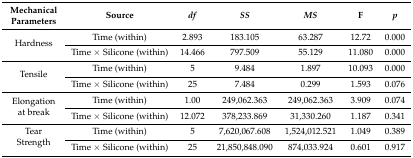
<table><thead><tr><td><b>Mechanical Parameters</b></td><td><b>Source</b></td><td><b><i>df</i></b></td><td><b><i>SS</i></b></td><td><b><i>MS</i></b></td><td><b>F</b></td><td><b><i>p</i></b></td></tr></thead><tbody><tr><td rowspan="2">Hardness</td><td>Time (within)</td><td>2.893</td><td>183.105</td><td>63.287</td><td>12.72</td><td>0.000</td></tr><tr><td>Time × Silicone (within)</td><td>14.466</td><td>797.509</td><td>55.129</td><td>11.080</td><td>0.000</td></tr><tr><td rowspan="2">Tensile</td><td>Time (within)</td><td>5</td><td>9.484</td><td>1.897</td><td>10.093</td><td>0.000</td></tr><tr><td>Time × Silicone (within)</td><td>25</td><td>7.484</td><td>0.299</td><td>1.593</td><td>0.076</td></tr><tr><td rowspan="2">Elongation at break</td><td>Time (within)</td><td>1.00</td><td>249,062.363</td><td>249,062.363</td><td>3.909</td><td>0.074</td></tr><tr><td>Time × Silicone (within)</td><td>12.072</td><td>378,233.869</td><td>31,330.260</td><td>1.187</td><td>0.341</td></tr><tr><td rowspan="2">Tear Strength</td><td>Time (within)</td><td>5</td><td>7,620,067.608</td><td>1,524,012.521</td><td>1.049</td><td>0.389</td></tr><tr><td>Time × Silicone (within)</td><td>25</td><td>21,850,848.090</td><td>874,033.924</td><td>0.601</td><td>0.917</td></tr></tbody></table>